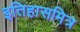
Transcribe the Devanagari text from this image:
इतिहासमित्र